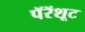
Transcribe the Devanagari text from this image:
पॅरॅशूट